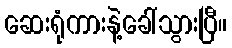
ဆေးရုံကားနဲ့ခေါ်သွားပြီ။